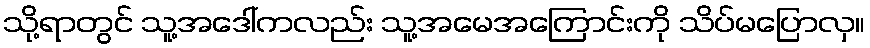
သို့ရာတွင် သူ့အဒေါ်ကလည်း သူ့အမေအကြောင်းကို သိပ်မပြောလှ။